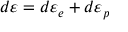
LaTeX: d \varepsilon = d \varepsilon _ { e } + d \varepsilon _ { p }